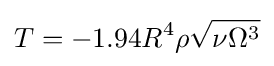
T=-1.94R^{4}\rho {\sqrt {\nu \Omega ^{3}}}